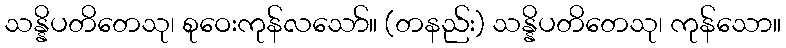
သန္နိပတိတေသု၊ စုဝေးကုန်လသော်။ (တနည်း) သန္နိပတိတေသု၊ ကုန်သော။